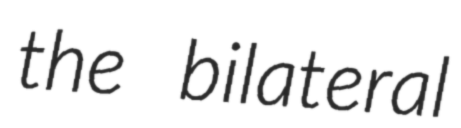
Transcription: the bilateral